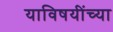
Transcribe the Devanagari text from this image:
याविषयींच्या